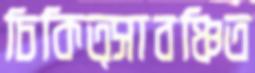
চিকিত্সাবঞ্চিত